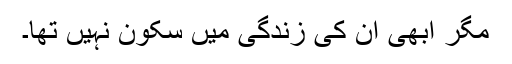
مگر ابھی ان کی زندگی میں سکون نہیں تھا۔